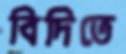
বিদিতে